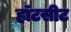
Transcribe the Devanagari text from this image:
हॉटसीट